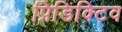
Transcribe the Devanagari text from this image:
प्रिडिक्टिव